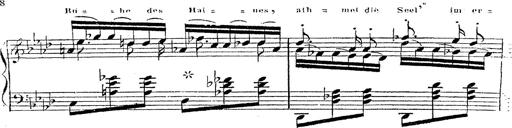
Title: 12 Lieder von Franz Schubert
Composer: Franz Liszt